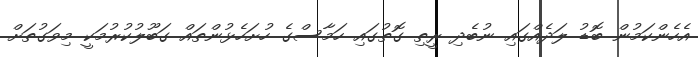
އެހެންކަމުން ބޮޑު ލަދެއްގައި ނުބެދި ރީތި ގޮތުގައި ހަމާސްގެ ހުށަހެޅުންތައް ގަބޫލުކުރުމަކީ މިވަގުތަށް